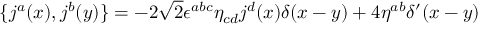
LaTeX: \{ j ^ { a } ( x ) , j ^ { b } ( y ) \} = - 2 \sqrt { 2 } { \epsilon } ^ { a b c } { \eta } _ { c d } j ^ { d } ( x ) { \delta } ( x - y ) + 4 { \eta } ^ { a b } { \delta } ^ { \prime } ( x - y )